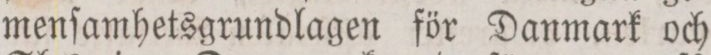
menſamhetsgrundlagen för Danmark och